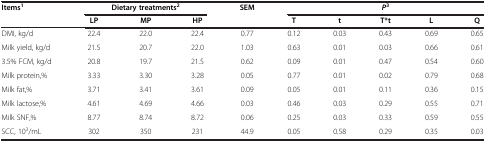
| <ROWSPAN=2> Items1 | <COLSPAN=3> Dietary treatments2 | <ROWSPAN=2> SEM | <COLSPAN=5> P3 |
 | LP | MP | HP | T | t | T*t | L | Q |
 | --- | --- | --- | --- | --- | --- | --- | --- | --- | --- |
 | DMI, kg/d | 22.4 | 22.0 | 22.4 | 0.77 | 0.12 | 0.03 | 0.43 | 0.69 | 0.65 |
 | Milk yield, kg/d | 21.5 | 20.7 | 22.0 | 1.03 | 0.63 | 0.01 | 0.03 | 0.66 | 0.61 |
 | 3.5% FCM, kg/d | 20.8 | 19.7 | 21.5 | 0.62 | 0.09 | 0.01 | 0.47 | 0.54 | 0.60 |
 | Milk protein,% | 3.33 | 3.30 | 3.28 | 0.05 | 0.77 | 0.01 | 0.02 | 0.79 | 0.68 |
 | Milk fat,% | 3.71 | 3.41 | 3.61 | 0.09 | 0.05 | 0.01 | 0.11 | 0.36 | 0.15 |
 | Milk lactose,% | 4.61 | 4.69 | 4.66 | 0.03 | 0.46 | 0.03 | 0.29 | 0.55 | 0.71 |
 | Milk SNF,% | 8.77 | 8.74 | 8.72 | 0.06 | 0.25 | 0.03 | 0.33 | 0.59 | 0.55 |
 | SCC, 103/mL | 302 | 350 | 231 | 44.9 | 0.05 | 0.58 | 0.29 | 0.35 | 0.03 |